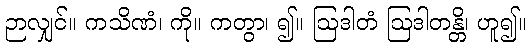
ဉာလျှင်။ ကသိဏံ၊ ကို။ ကတွာ၊ ၍။ ဩဒါတံ ဩဒါတန္တိ၊ ဟူ၍။